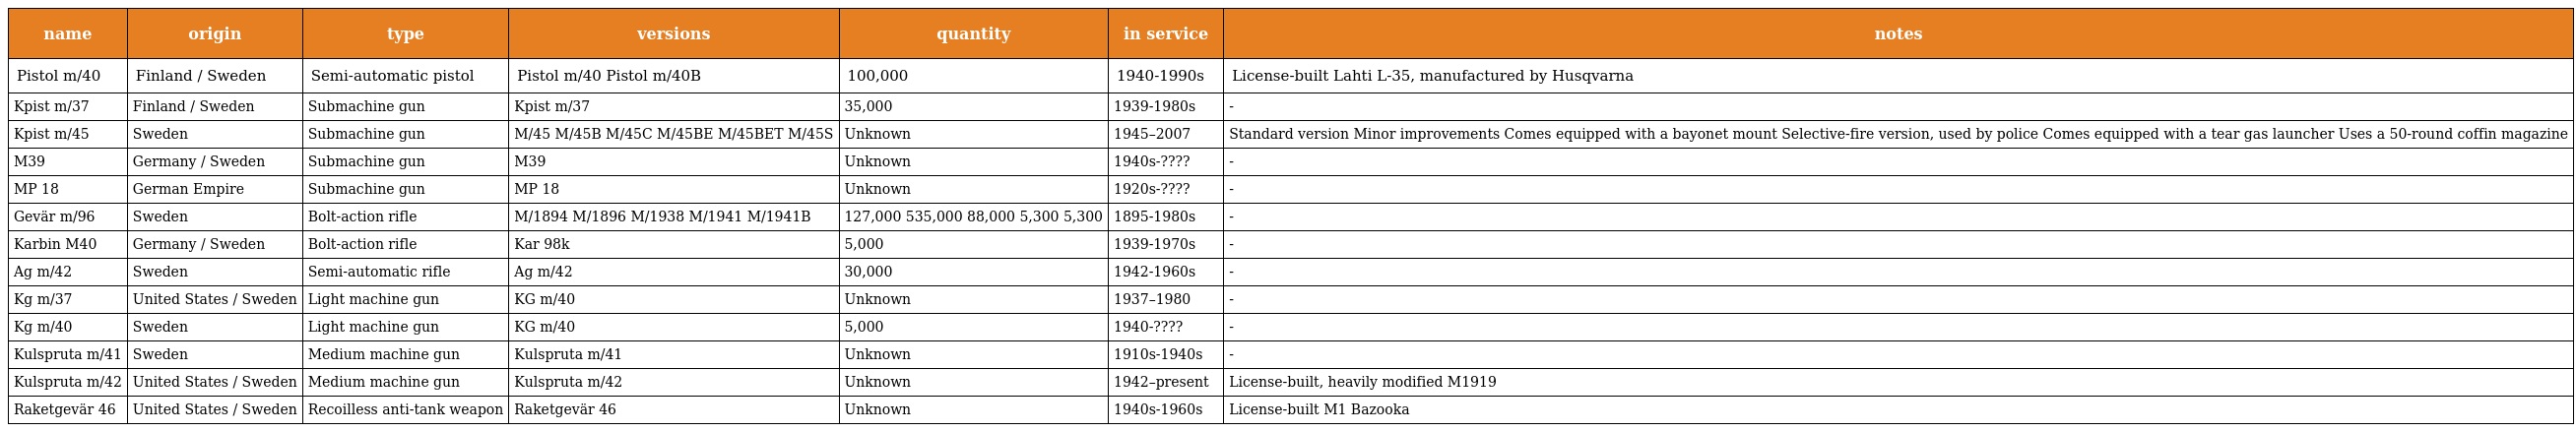
| name | origin | type | versions | quantity | in service | notes |
 | --- | --- | --- | --- | --- | --- | --- |
 | Pistol m/40 | Finland / Sweden | Semi-automatic pistol | Pistol m/40 Pistol m/40B | 100,000 | 1940-1990s | License-built Lahti L-35, manufactured by Husqvarna |
 | Kpist m/37 | Finland / Sweden | Submachine gun | Kpist m/37 | 35,000 | 1939-1980s | - |
 | Kpist m/45 | Sweden | Submachine gun | M/45 M/45B M/45C M/45BE M/45BET M/45S | Unknown | 1945–2007 | Standard version Minor improvements Comes equipped with a bayonet mount Selective-fire version, used by police Comes equipped with a tear gas launcher Uses a 50-round coffin magazine |
 | M39 | Germany / Sweden | Submachine gun | M39 | Unknown | 1940s-???? | - |
 | MP 18 | German Empire | Submachine gun | MP 18 | Unknown | 1920s-???? | - |
 | Gevär m/96 | Sweden | Bolt-action rifle | M/1894 M/1896 M/1938 M/1941 M/1941B | 127,000 535,000 88,000 5,300 5,300 | 1895-1980s | - |
 | Karbin M40 | Germany / Sweden | Bolt-action rifle | Kar 98k | 5,000 | 1939-1970s | - |
 | Ag m/42 | Sweden | Semi-automatic rifle | Ag m/42 | 30,000 | 1942-1960s | - |
 | Kg m/37 | United States / Sweden | Light machine gun | KG m/40 | Unknown | 1937–1980 | - |
 | Kg m/40 | Sweden | Light machine gun | KG m/40 | 5,000 | 1940-???? | - |
 | Kulspruta m/41 | Sweden | Medium machine gun | Kulspruta m/41 | Unknown | 1910s-1940s | - |
 | Kulspruta m/42 | United States / Sweden | Medium machine gun | Kulspruta m/42 | Unknown | 1942–present | License-built, heavily modified M1919 |
 | Raketgevär 46 | United States / Sweden | Recoilless anti-tank weapon | Raketgevär 46 | Unknown | 1940s-1960s | License-built M1 Bazooka |